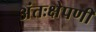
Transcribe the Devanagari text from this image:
अंतःक्षेपणी